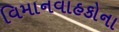
વિમાનવાહકોના